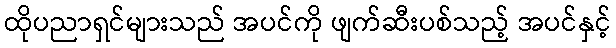
ထိုပညာရှင်များသည် အပင်ကို ဖျက်ဆီးပစ်သည့် အပင်နှင့်